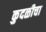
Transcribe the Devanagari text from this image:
कुदळीचा